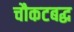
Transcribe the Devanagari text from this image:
चौकटबद्ध